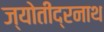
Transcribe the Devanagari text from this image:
ज्योतींद्रनाथ